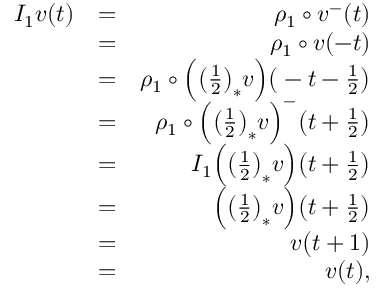
\begin{array} { r l r } { I _ { 1 } v ( t ) } & { = } & { \rho _ { 1 } \circ v ^ { - } ( t ) } \\ & { = } & { \rho _ { 1 } \circ v ( - t ) } \\ & { = } & { \rho _ { 1 } \circ \Big ( \big ( \frac { 1 } { 2 } \big ) _ { * } v \Big ) \big ( - t - \frac { 1 } { 2 } \big ) } \\ & { = } & { \rho _ { 1 } \circ \Big ( \big ( \frac { 1 } { 2 } \big ) _ { * } v \Big ) ^ { - } \big ( t + \frac { 1 } { 2 } \big ) } \\ & { = } & { I _ { 1 } \Big ( \big ( \frac { 1 } { 2 } \big ) _ { * } v \Big ) \big ( t + \frac { 1 } { 2 } \big ) } \\ & { = } & { \Big ( \big ( \frac { 1 } { 2 } \big ) _ { * } v \Big ) \big ( t + \frac { 1 } { 2 } \big ) } \\ & { = } & { v \big ( t + 1 ) } \\ & { = } & { v ( t ) , } \end{array}